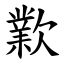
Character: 㱉